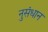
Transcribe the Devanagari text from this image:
नुसंधान